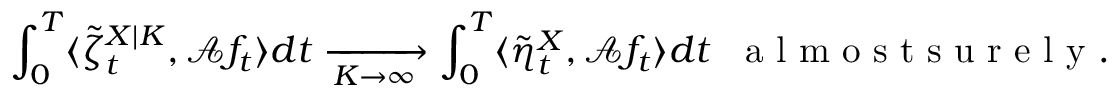
\int _ { 0 } ^ { T } \langle \tilde { \zeta } _ { t } ^ { X | K } , \mathcal { A } f _ { t } \rangle d t \xrightarrow [ K \to \infty ] { } \int _ { 0 } ^ { T } \langle \tilde { \eta } _ { t } ^ { X } , \mathcal { A } f _ { t } \rangle d t \; \; \mathrm { ~ a ~ l ~ m ~ o ~ s ~ t ~ s ~ u ~ r ~ e ~ l ~ y ~ } .